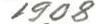
1908